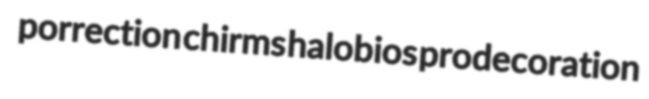
porrection chirms halobios prodecoration